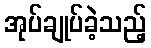
အုပ်ချုပ်ခဲ့သည့်